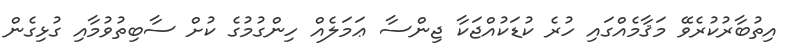
އިތުބާރުކުރެވޭ މަޤާމެއްގައި ހުރެ ކުޑަކުއްޖަކާ ޖިންސާ ޢަމަލެއް ހިންގުމުގެ ކުށް ސާބިތުވުމާއި ގުޅިގެން